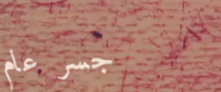
جسر عام